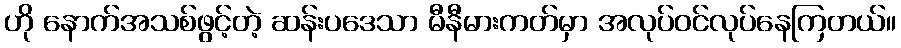
ဟို နောက်အသစ်ဖွင့်တဲ့ ဆန်းပဒေသာ မီနီမားကတ်မှာ အလုပ်ဝင်လုပ်နေကြတယ်။